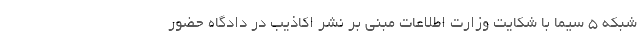
شبکه 5 سیما با شکایت وزارت اطلاعات مبنی بر نشر اکاذیب در دادگاه حضور